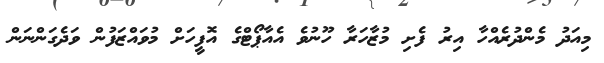
މިއަދު މެންދުރެއްހާ އިރު ފެށި މުޒާހަރާ ހޫނުވެ އެއާޕޯޓްގެ އޮފީހަށް މުވައްޒަފުން ވަދެގަންނަން